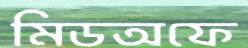
মিডঅফে